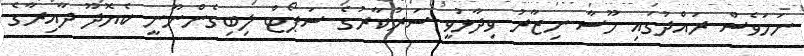
ނަމަވެސް ރައްދުގައި މޫސާ ނިޒާރު ވިދާޅުވީ ސަރުކާރުގެ ސަޕޯޓް ލިބިގެންނޫނީ ކެޔޮދޫ ދާއިރާގެ